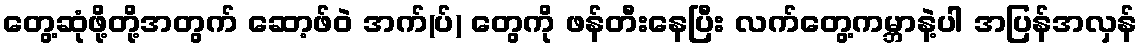
တွေ့ဆုံဖို့တို့အတွက် ဆော့ဖ်ဝဲ အက်(ပ်) တွေကို ဖန်တီးနေပြီး လက်တွေ့ကမ္ဘာနဲ့ပါ အပြန်အလှန်